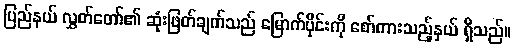
ပြည်နယ် လွှတ်တော်၏ ဆုံးဖြတ်ချက်သည် မြောက်ပိုင်းကို စော်ကားသည့်နှယ် ရှိသည်။